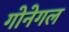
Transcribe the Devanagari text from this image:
गोनेगल